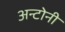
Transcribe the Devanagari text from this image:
अन्टोनी